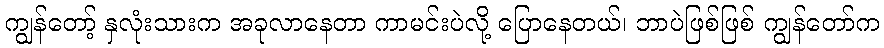
ကျွန်တော့် နှလုံးသားက အခုလာနေတာ ကာမင်းပဲလို့ ပြောနေတယ်၊ ဘာပဲဖြစ်ဖြစ် ကျွန်တော်က